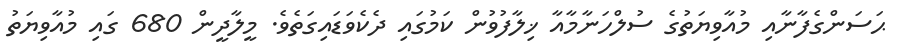
ޙަސަންގެފާނާއި މުއާވިޔަތުގެ ސުލްހަނާމާއާ ޚިލާފުވުން ކަމުގައި ދެކެވަޑައިގަތެވެ. މީލާދީން 680 ގައި މުއާވިޔަތު